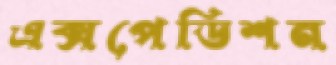
এক্সপেডিশন